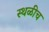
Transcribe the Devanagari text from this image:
स्थळीच